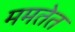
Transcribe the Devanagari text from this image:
ममतेत